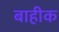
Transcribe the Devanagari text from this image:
बाहीक